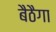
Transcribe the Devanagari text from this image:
बैठैगा